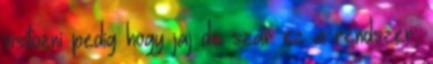
visítozni pedig hogy jaj de szar ez a rendszer,